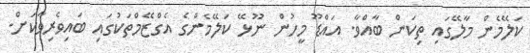
ކަލޭމެން މާލޭގައި ތިކަން ބާއްވާ. އައްޑޫ މީހުން ނޫޅޭ ކަލޭމެންގެ އެގްޒޭމްތަކުގައި ބައިވެރިވާކަށް.